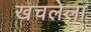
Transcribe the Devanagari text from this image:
खचलेला